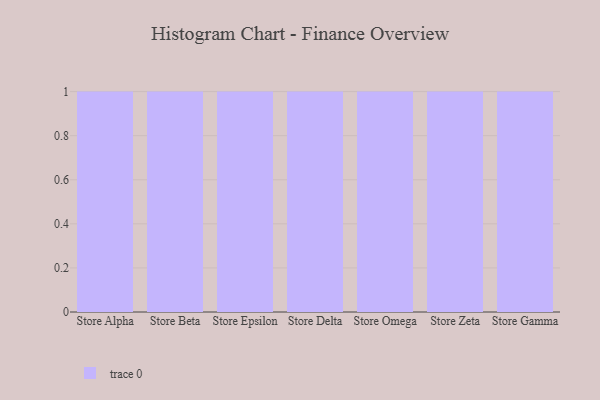
{"axis": {"x": "Store", "y": "Website Visitors"}, "legend": [""], "data": [{"x": "Store Alpha", "y": 48, "type": ""}, {"x": "Store Beta", "y": 5, "type": ""}, {"x": "Store Epsilon", "y": 50, "type": ""}, {"x": "Store Delta", "y": 56, "type": ""}, {"x": "Store Omega", "y": 82, "type": ""}, {"x": "Store Zeta", "y": 85, "type": ""}, {"x": "Store Gamma", "y": 32, "type": ""}]}